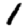
Digit: 1